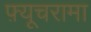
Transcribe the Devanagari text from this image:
फ़्यूचरामा